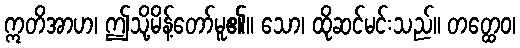
ဣတိအာဟ၊ ဤသို့မိန့်တော်မူ၏။ သော၊ ထိုဆင်မင်းသည်။ တတ္ထေဝ၊